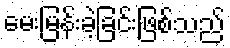
မေးမြန်းခဲ့ခြင်းဖြစ်သည်